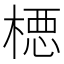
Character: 𪳉